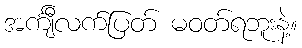
အင်္ကျီလက်ပြတ် မဝတ်ရဘူးနဲ့။